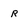
Character: R